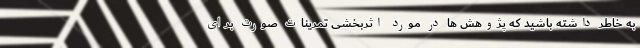
به خاطر داشته باشید که پژوهش ها در مورد اثربخشی تمرینات صورت برای